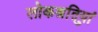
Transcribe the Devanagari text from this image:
लोकश्रुतियां